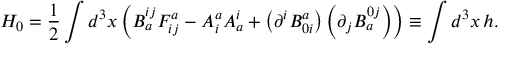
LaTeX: H _ { 0 } = \frac { 1 } { 2 } \int d ^ { 3 } x \left( B _ { a } ^ { i j } F _ { i j } ^ { a } - A _ { i } ^ { a } A _ { a } ^ { i } + \left( \partial ^ { i } B _ { 0 i } ^ { a } \right) \left( \partial _ { j } B _ { a } ^ { 0 j } \right) \right) \equiv \int d ^ { 3 } x \, h .